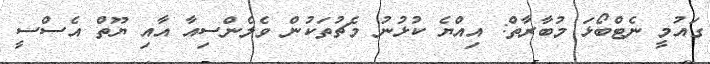
ގައުމީ ނެޓްބޯޅަ މުބާރާތް: އިއްޔެ ކުޅުނު މެޗުތަކުން ވެލެންސިއާ އާއި ޔޫތް އެސްސީ